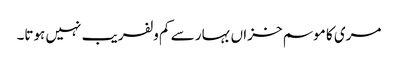
مری کا موسم خزاں بہار سے کم ولفریب نہیں ہوتا۔